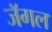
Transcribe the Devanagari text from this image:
जॅगल